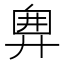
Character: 𢍘